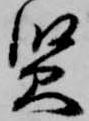
賢